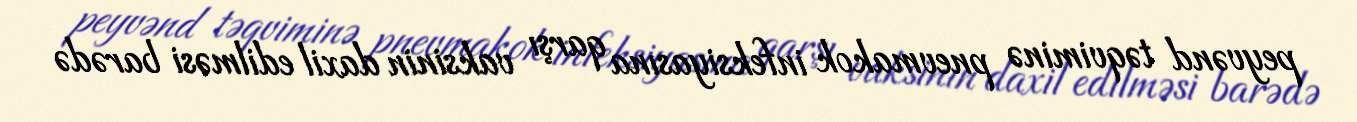
peyvənd təqviminə pnevmakok infeksiyasına qarşı vaksinin daxil edilməsi barədə